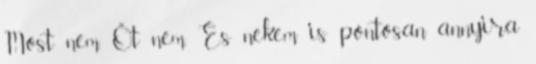
Most nem. Őt nem. És nekem is pontosan annyira